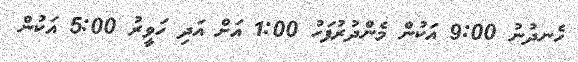
ހެނދުނު 9:00 އަކުން މެންދުރުފަހު 1:00 އަށް އަދި ހަވީރު 5:00 އަކުން